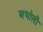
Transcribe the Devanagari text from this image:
अभोली